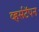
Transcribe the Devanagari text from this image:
व्हर्सटॅपन